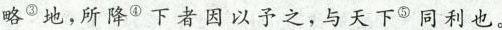
略^{③}地，所降④下者因以予之，与天下⑨同利也。